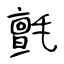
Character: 氈